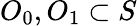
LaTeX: O_{0},O_{1}\subset S